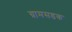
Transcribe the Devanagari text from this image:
ग्रामसडक